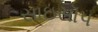
સાઇસૉપ